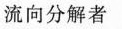
流向分解者